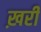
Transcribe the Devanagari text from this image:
ख़री